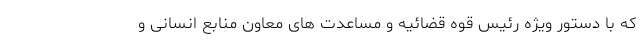
که با دستور ویژه رئیس قوه قضائیه و مساعدت های معاون منابع انسانی و